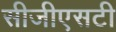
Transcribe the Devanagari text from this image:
सीजीएसटी